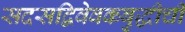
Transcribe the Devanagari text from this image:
सदसद्विवेवकबुद्धीची